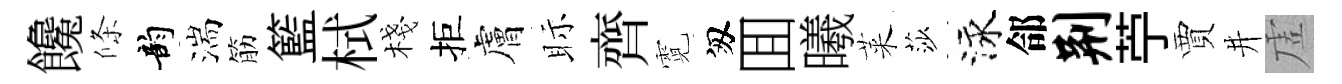
饞條韵湍筋籃栻棧拒膚眎齊霓匆囬曦萊莎泳郃荆苧賈井虗